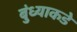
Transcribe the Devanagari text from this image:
बुंध्याकडे